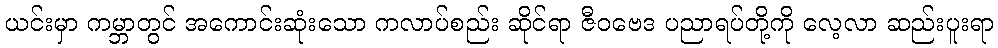
ယင်းမှာ ကမ္ဘာတွင် အကောင်းဆုံးသော ကလာပ်စည်း ဆိုင်ရာ ဇီဝဗေဒ ပညာရပ်တို့ကို လေ့လာ ဆည်းပူးရာ